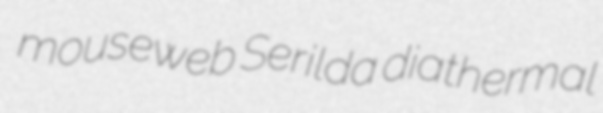
mouseweb Serilda diathermal